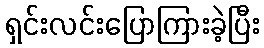
ရှင်းလင်းပြောကြားခဲ့ပြီး